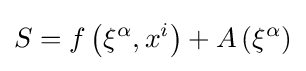
S=f\left(\xi ^{\alpha },x^{i}\right)+A\left(\xi ^{\alpha }\right)